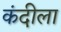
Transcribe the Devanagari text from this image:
कंदीला